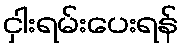
ငှါးရမ်းပေးရန်